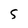
Character: S